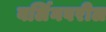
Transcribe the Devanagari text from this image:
बर्लिनवरील